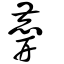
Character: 𪊑